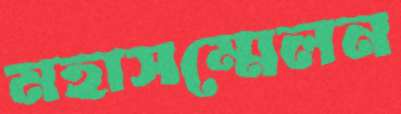
মহাসম্মেলন